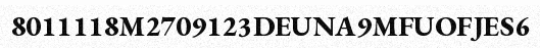
8011118M2709123DEUNA9MFUOFJES6